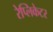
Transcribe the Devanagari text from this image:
रेप्लिकेटर